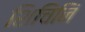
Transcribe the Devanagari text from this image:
शिचिनिं